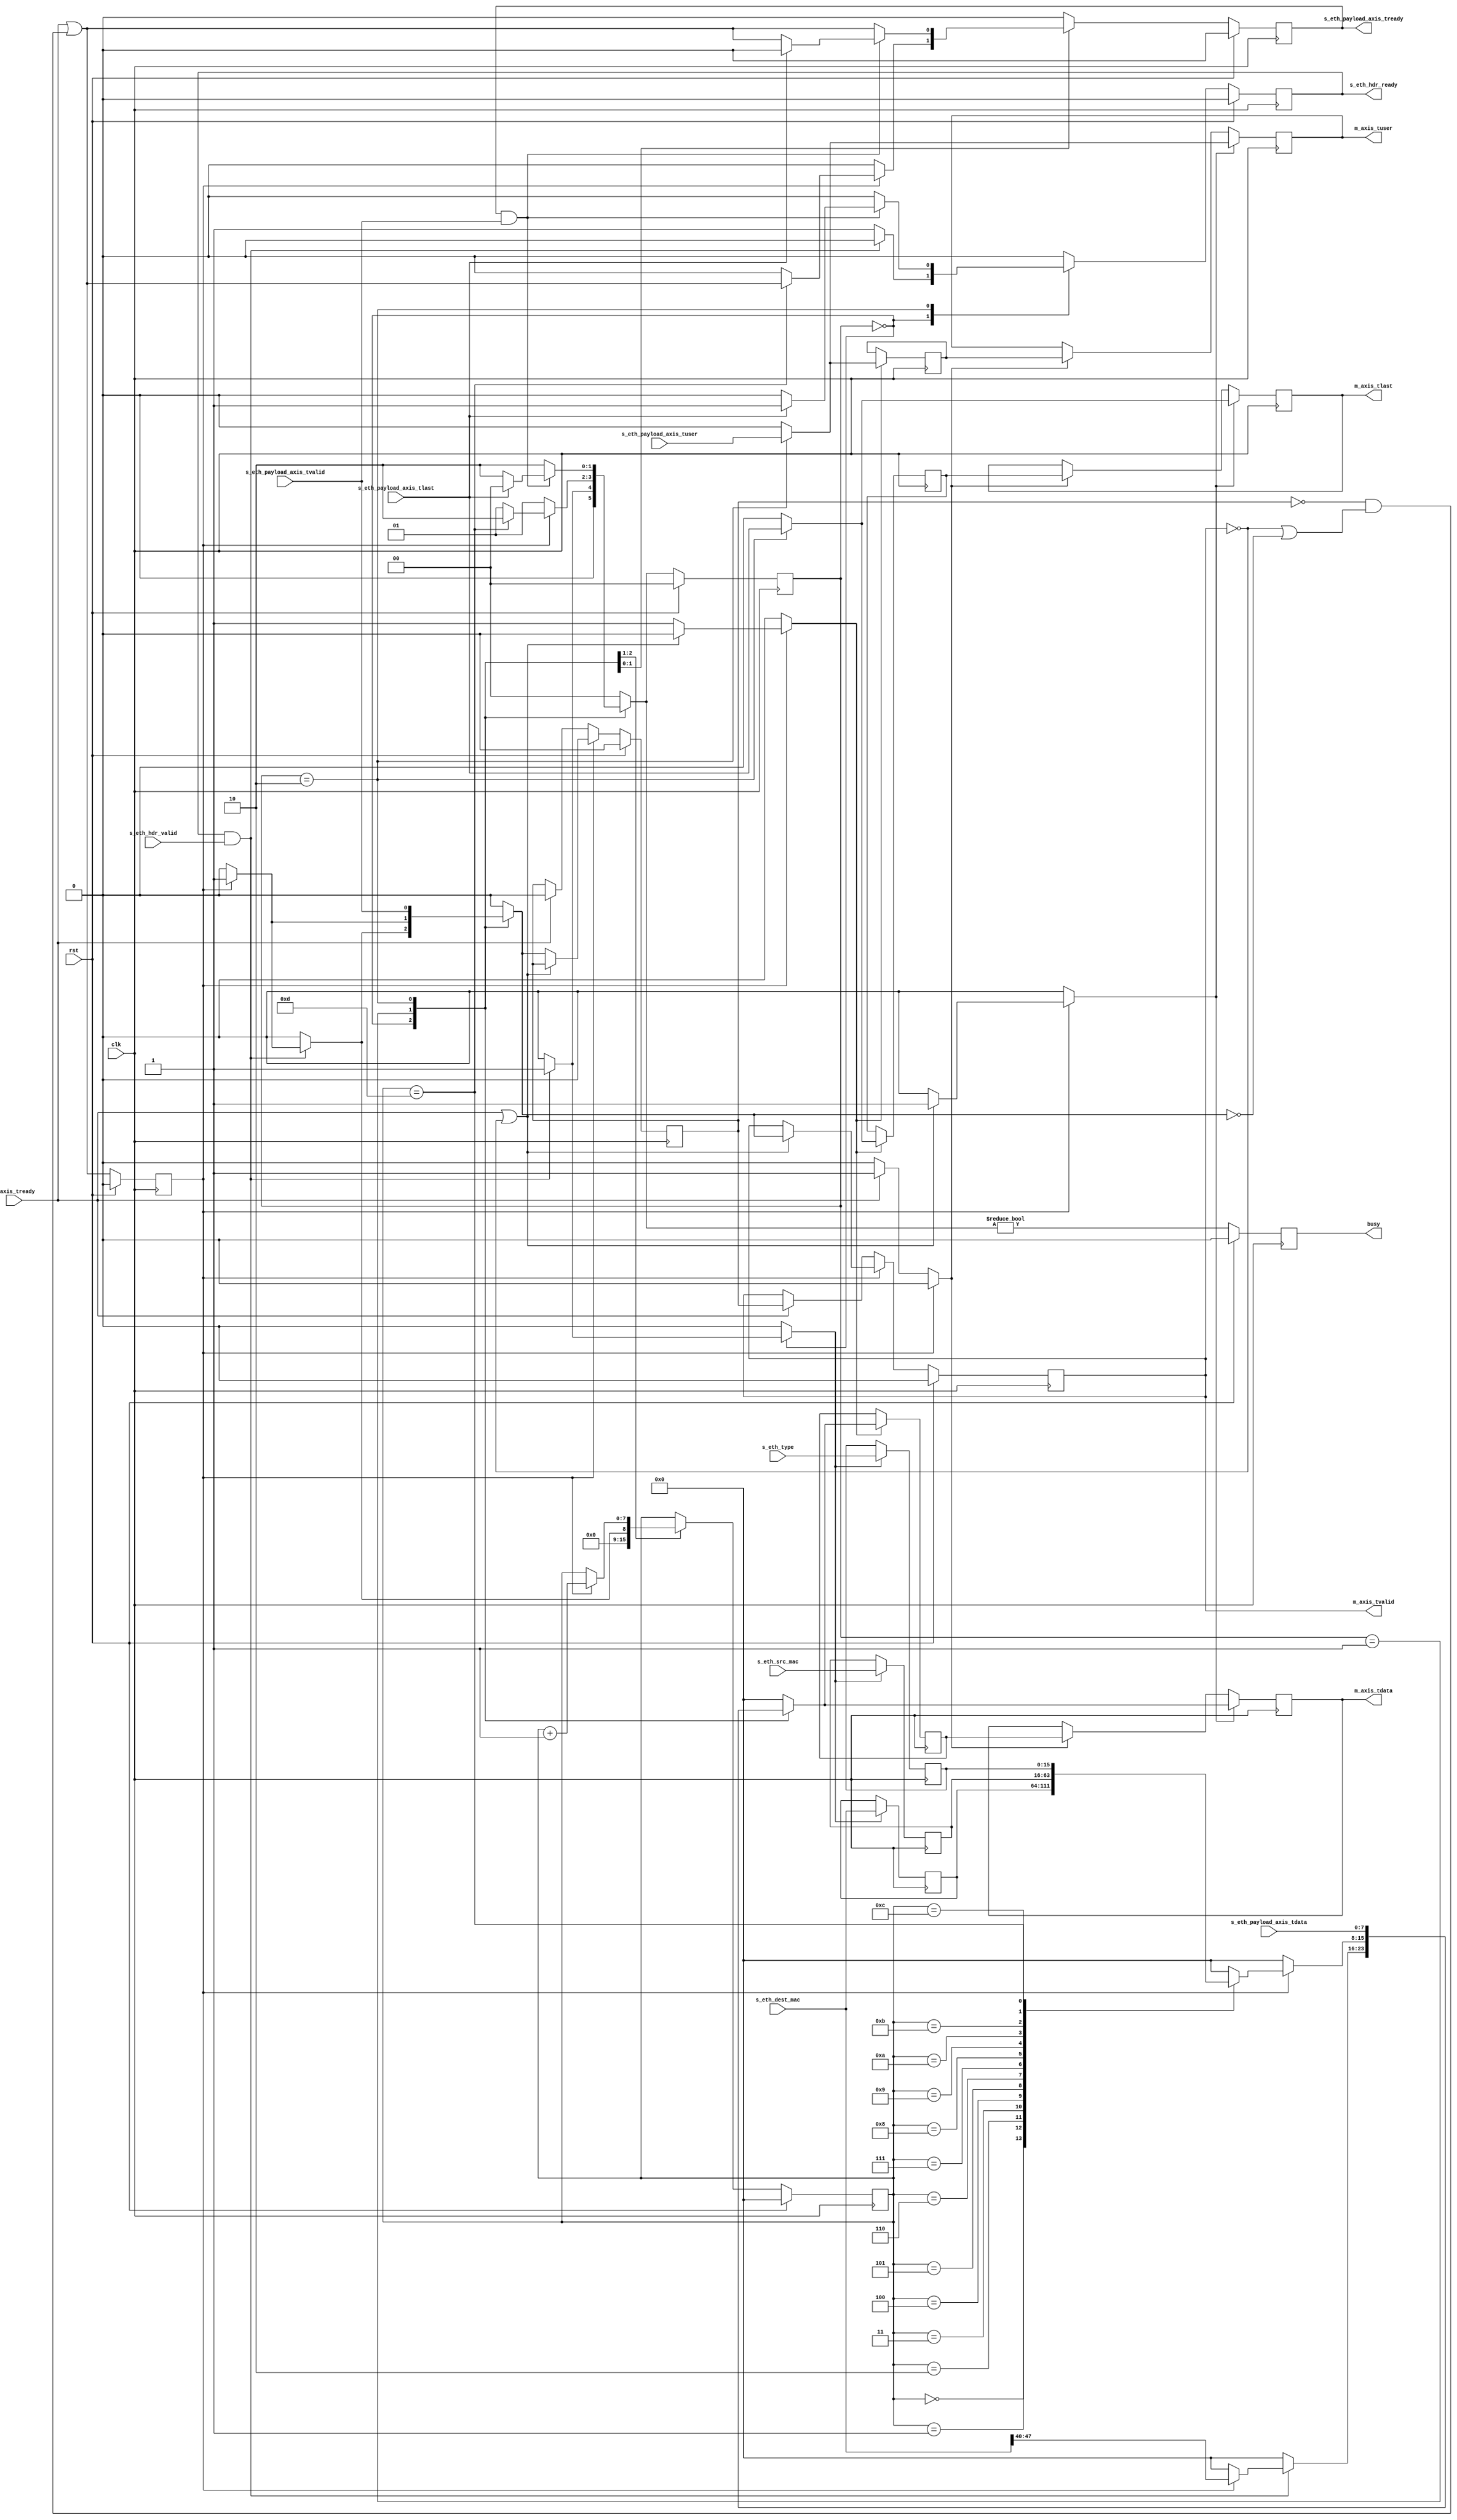
/*

Copyright (c) 2014-2018 Alex Forencich

Permission is hereby granted, free of charge, to any person obtaining a copy
of this software and associated documentation files (the "Software"), to deal
in the Software without restriction, including without limitation the rights
to use, copy, modify, merge, publish, distribute, sublicense, and/or sell
copies of the Software, and to permit persons to whom the Software is
furnished to do so, subject to the following conditions:

The above copyright notice and this permission notice shall be included in
all copies or substantial portions of the Software.

THE SOFTWARE IS PROVIDED "AS IS", WITHOUT WARRANTY OF ANY KIND, EXPRESS OR
IMPLIED, INCLUDING BUT NOT LIMITED TO THE WARRANTIES OF MERCHANTABILITY
FITNESS FOR A PARTICULAR PURPOSE AND NONINFRINGEMENT. IN NO EVENT SHALL THE
AUTHORS OR COPYRIGHT HOLDERS BE LIABLE FOR ANY CLAIM, DAMAGES OR OTHER
LIABILITY, WHETHER IN AN ACTION OF CONTRACT, TORT OR OTHERWISE, ARISING FROM,
OUT OF OR IN CONNECTION WITH THE SOFTWARE OR THE USE OR OTHER DEALINGS IN
THE SOFTWARE.

*/

// Language: Verilog 2001

`timescale 1ns / 1ps

/*
 * AXI4-Stream ethernet frame transmitter (Ethernet frame in, AXI out)
 */
module eth_axis_tx
(
    input  wire        clk,
    input  wire        rst,

    /*
     * Ethernet frame input
     */
    input  wire        s_eth_hdr_valid,
    output wire        s_eth_hdr_ready,
    input  wire [47:0] s_eth_dest_mac,
    input  wire [47:0] s_eth_src_mac,
    input  wire [15:0] s_eth_type,
    input  wire [7:0]  s_eth_payload_axis_tdata,
    input  wire        s_eth_payload_axis_tvalid,
    output wire        s_eth_payload_axis_tready,
    input  wire        s_eth_payload_axis_tlast,
    input  wire        s_eth_payload_axis_tuser,

    /*
     * AXI output
     */
    output wire [7:0]  m_axis_tdata,
    output wire        m_axis_tvalid,
    input  wire        m_axis_tready,
    output wire        m_axis_tlast,
    output wire        m_axis_tuser,

    /*
     * Status signals
     */
    output wire        busy
);

/*

Ethernet frame

 Field                       Length
 Destination MAC address     6 octets
 Source MAC address          6 octets
 Ethertype                   2 octets

This module receives an Ethernet frame with header fields in parallel along
with the payload in an AXI stream, combines the header with the payload, and
transmits the complete Ethernet frame on the output AXI stream interface.

*/

localparam [1:0]
    STATE_IDLE = 2'd0,
    STATE_WRITE_HEADER = 2'd1,
    STATE_WRITE_PAYLOAD = 2'd2;

reg [1:0] state_reg = STATE_IDLE, state_next;

// datapath control signals
reg store_eth_hdr;

reg [7:0] frame_ptr_reg = 8'd0, frame_ptr_next;

reg [47:0] eth_dest_mac_reg = 48'd0;
reg [47:0] eth_src_mac_reg = 48'd0;
reg [15:0] eth_type_reg = 16'd0;

reg s_eth_hdr_ready_reg = 1'b0, s_eth_hdr_ready_next;
reg s_eth_payload_axis_tready_reg = 1'b0, s_eth_payload_axis_tready_next;

reg busy_reg = 1'b0;

// internal datapath
reg [7:0] m_axis_tdata_int;
reg       m_axis_tvalid_int;
reg       m_axis_tready_int_reg = 1'b0;
reg       m_axis_tlast_int;
reg       m_axis_tuser_int;
wire      m_axis_tready_int_early;

assign s_eth_hdr_ready = s_eth_hdr_ready_reg;
assign s_eth_payload_axis_tready = s_eth_payload_axis_tready_reg;

assign busy = busy_reg;

always @* begin
    state_next = STATE_IDLE;

    s_eth_hdr_ready_next = 1'b0;
    s_eth_payload_axis_tready_next = 1'b0;

    store_eth_hdr = 1'b0;

    frame_ptr_next = frame_ptr_reg;

    m_axis_tdata_int = 8'd0;
    m_axis_tvalid_int = 1'b0;
    m_axis_tlast_int = 1'b0;
    m_axis_tuser_int = 1'b0;

    case (state_reg)
        STATE_IDLE: begin
            // idle state - wait for data
            frame_ptr_next = 8'd0;
            s_eth_hdr_ready_next = 1'b1;

            if (s_eth_hdr_ready && s_eth_hdr_valid) begin
                store_eth_hdr = 1'b1;
                s_eth_hdr_ready_next = 1'b0;
                if (m_axis_tready_int_reg) begin
                    m_axis_tvalid_int = 1'b1;
                    m_axis_tdata_int = s_eth_dest_mac[47:40];
                    frame_ptr_next = 1'b1;
                end
                state_next = STATE_WRITE_HEADER;
            end else begin
                state_next = STATE_IDLE;
            end
        end
        STATE_WRITE_HEADER: begin
            // write header
            if (m_axis_tready_int_reg) begin
                frame_ptr_next = frame_ptr_reg+1;
                m_axis_tvalid_int = 1'b1;
                state_next = STATE_WRITE_HEADER;
                case (frame_ptr_reg)
                    8'h00: m_axis_tdata_int = eth_dest_mac_reg[47:40];
                    8'h01: m_axis_tdata_int = eth_dest_mac_reg[39:32];
                    8'h02: m_axis_tdata_int = eth_dest_mac_reg[31:24];
                    8'h03: m_axis_tdata_int = eth_dest_mac_reg[23:16];
                    8'h04: m_axis_tdata_int = eth_dest_mac_reg[15: 8];
                    8'h05: m_axis_tdata_int = eth_dest_mac_reg[ 7: 0];
                    8'h06: m_axis_tdata_int = eth_src_mac_reg[47:40];
                    8'h07: m_axis_tdata_int = eth_src_mac_reg[39:32];
                    8'h08: m_axis_tdata_int = eth_src_mac_reg[31:24];
                    8'h09: m_axis_tdata_int = eth_src_mac_reg[23:16];
                    8'h0A: m_axis_tdata_int = eth_src_mac_reg[15: 8];
                    8'h0B: m_axis_tdata_int = eth_src_mac_reg[ 7: 0];
                    8'h0C: m_axis_tdata_int = eth_type_reg[15: 8];
                    8'h0D: begin
                        m_axis_tdata_int = eth_type_reg[ 7: 0];
                        s_eth_payload_axis_tready_next = m_axis_tready_int_early;
                        state_next = STATE_WRITE_PAYLOAD;
                    end
                endcase
            end else begin
                state_next = STATE_WRITE_HEADER;
            end
        end
        STATE_WRITE_PAYLOAD: begin
            // write payload
            s_eth_payload_axis_tready_next = m_axis_tready_int_early;

            m_axis_tdata_int = s_eth_payload_axis_tdata;
            m_axis_tvalid_int = s_eth_payload_axis_tvalid;
            m_axis_tlast_int = s_eth_payload_axis_tlast;
            m_axis_tuser_int = s_eth_payload_axis_tuser;

            if (s_eth_payload_axis_tready && s_eth_payload_axis_tvalid) begin
                // word transfer through
                if (s_eth_payload_axis_tlast) begin
                    s_eth_payload_axis_tready_next = 1'b0;
                    s_eth_hdr_ready_next = 1'b1;
                    state_next = STATE_IDLE;
                end else begin
                    state_next = STATE_WRITE_PAYLOAD;
                end
            end else begin
                state_next = STATE_WRITE_PAYLOAD;
            end
        end
    endcase
end

always @(posedge clk) begin
    if (rst) begin
        state_reg <= STATE_IDLE;
        frame_ptr_reg <= 8'd0;
        s_eth_hdr_ready_reg <= 1'b0;
        s_eth_payload_axis_tready_reg <= 1'b0;
        busy_reg <= 1'b0;
    end else begin
        state_reg <= state_next;

        frame_ptr_reg <= frame_ptr_next;

        s_eth_hdr_ready_reg <= s_eth_hdr_ready_next;

        s_eth_payload_axis_tready_reg <= s_eth_payload_axis_tready_next;

        busy_reg <= state_next != STATE_IDLE;
    end

    // datapath
    if (store_eth_hdr) begin
        eth_dest_mac_reg <= s_eth_dest_mac;
        eth_src_mac_reg <= s_eth_src_mac;
        eth_type_reg <= s_eth_type;
    end
end

// output datapath logic
reg [7:0] m_axis_tdata_reg = 8'd0;
reg       m_axis_tvalid_reg = 1'b0, m_axis_tvalid_next;
reg       m_axis_tlast_reg = 1'b0;
reg       m_axis_tuser_reg = 1'b0;

reg [7:0] temp_m_axis_tdata_reg = 8'd0;
reg       temp_m_axis_tvalid_reg = 1'b0, temp_m_axis_tvalid_next;
reg       temp_m_axis_tlast_reg = 1'b0;
reg       temp_m_axis_tuser_reg = 1'b0;

// datapath control
reg store_axis_int_to_output;
reg store_axis_int_to_temp;
reg store_axis_temp_to_output;

assign m_axis_tdata = m_axis_tdata_reg;
assign m_axis_tvalid = m_axis_tvalid_reg;
assign m_axis_tlast = m_axis_tlast_reg;
assign m_axis_tuser = m_axis_tuser_reg;

// enable ready input next cycle if output is ready or the temp reg will not be filled on the next cycle (output reg empty or no input)
assign m_axis_tready_int_early = m_axis_tready || (!temp_m_axis_tvalid_reg && (!m_axis_tvalid_reg || !m_axis_tvalid_int));

always @* begin
    // transfer sink ready state to source
    m_axis_tvalid_next = m_axis_tvalid_reg;
    temp_m_axis_tvalid_next = temp_m_axis_tvalid_reg;

    store_axis_int_to_output = 1'b0;
    store_axis_int_to_temp = 1'b0;
    store_axis_temp_to_output = 1'b0;
    
    if (m_axis_tready_int_reg) begin
        // input is ready
        if (m_axis_tready || !m_axis_tvalid_reg) begin
            // output is ready or currently not valid, transfer data to output
            m_axis_tvalid_next = m_axis_tvalid_int;
            store_axis_int_to_output = 1'b1;
        end else begin
            // output is not ready, store input in temp
            temp_m_axis_tvalid_next = m_axis_tvalid_int;
            store_axis_int_to_temp = 1'b1;
        end
    end else if (m_axis_tready) begin
        // input is not ready, but output is ready
        m_axis_tvalid_next = temp_m_axis_tvalid_reg;
        temp_m_axis_tvalid_next = 1'b0;
        store_axis_temp_to_output = 1'b1;
    end
end

always @(posedge clk) begin
    if (rst) begin
        m_axis_tvalid_reg <= 1'b0;
        m_axis_tready_int_reg <= 1'b0;
        temp_m_axis_tvalid_reg <= 1'b0;
    end else begin
        m_axis_tvalid_reg <= m_axis_tvalid_next;
        m_axis_tready_int_reg <= m_axis_tready_int_early;
        temp_m_axis_tvalid_reg <= temp_m_axis_tvalid_next;
    end

    // datapath
    if (store_axis_int_to_output) begin
        m_axis_tdata_reg <= m_axis_tdata_int;
        m_axis_tlast_reg <= m_axis_tlast_int;
        m_axis_tuser_reg <= m_axis_tuser_int;
    end else if (store_axis_temp_to_output) begin
        m_axis_tdata_reg <= temp_m_axis_tdata_reg;
        m_axis_tlast_reg <= temp_m_axis_tlast_reg;
        m_axis_tuser_reg <= temp_m_axis_tuser_reg;
    end

    if (store_axis_int_to_temp) begin
        temp_m_axis_tdata_reg <= m_axis_tdata_int;
        temp_m_axis_tlast_reg <= m_axis_tlast_int;
        temp_m_axis_tuser_reg <= m_axis_tuser_int;
    end
end

endmodule